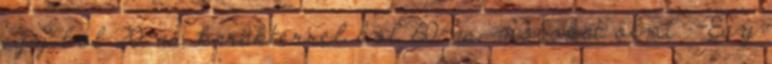
egy lvl 20-as karakterrel lvl 60-as mobokat ölni. -Egy